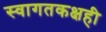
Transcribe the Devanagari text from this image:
स्वागतकक्षही